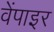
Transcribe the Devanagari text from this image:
वेंपाइर